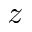
z